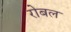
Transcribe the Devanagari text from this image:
रोबल